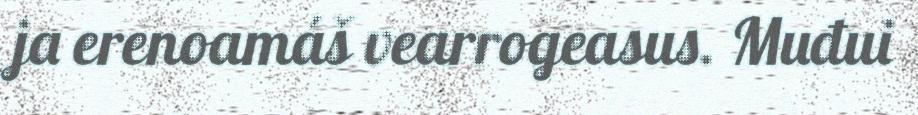
ja erenoamáš vearrogeasus. Muđui